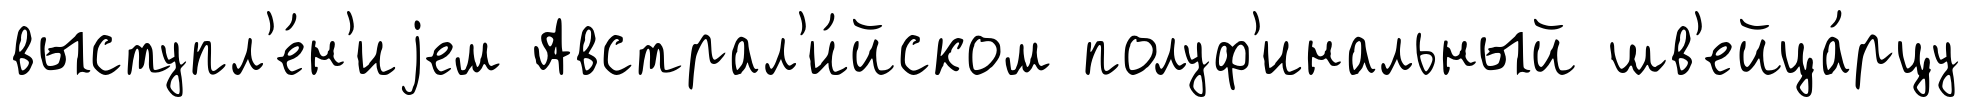
выступл'е́н'иjем Австрал'и́йском полуф'инальный шв'ейца́рцу